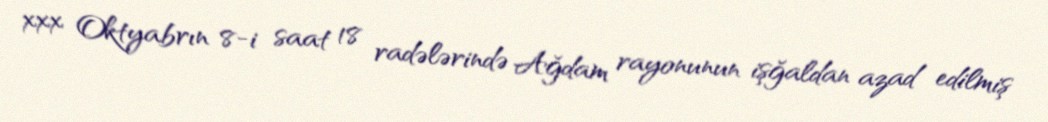
xxx Oktyabrın 8-i saat 18 radələrində Ağdam rayonunun işğaldan azad edilmiş